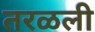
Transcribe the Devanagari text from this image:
तरळली